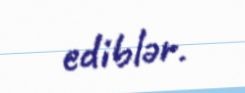
ediblər.